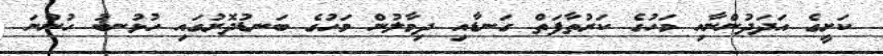
ކަށީގެ އަދަދުންނާއި މަހުގެ ކަރުތާފަތް ގަނޑާއި ދިމާލުން މަހުގެ ބަނޑުދޮށުގައި ހުޅުނބު ހުންނަ